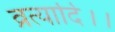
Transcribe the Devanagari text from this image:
व्रत्यादि।।